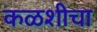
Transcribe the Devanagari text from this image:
कळशीचा